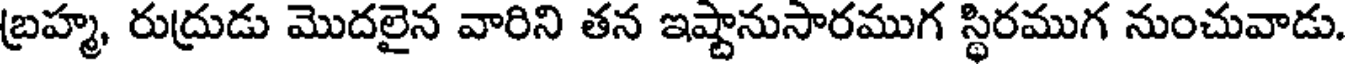
బ్రహ్మ, రుద్రుడు మొదలైన వారిని తన ఇష్టానుసారముగ స్థిరముగ నుంచువాడు.